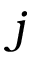
j